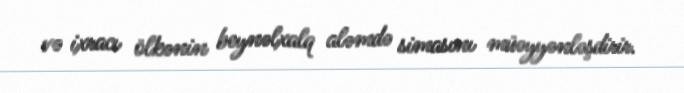
və ixracı ölkənin beynəlxalq aləmdə simasını müəyyənləşdirir.